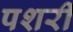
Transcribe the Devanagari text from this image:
पशरी